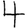
Digit: 4